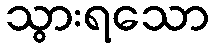
သွားရသော